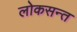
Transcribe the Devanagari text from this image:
लोकसन्त